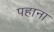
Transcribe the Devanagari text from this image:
पहाना